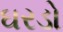
ઘરડો